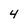
Character: 4